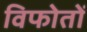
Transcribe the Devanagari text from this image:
विफोतों